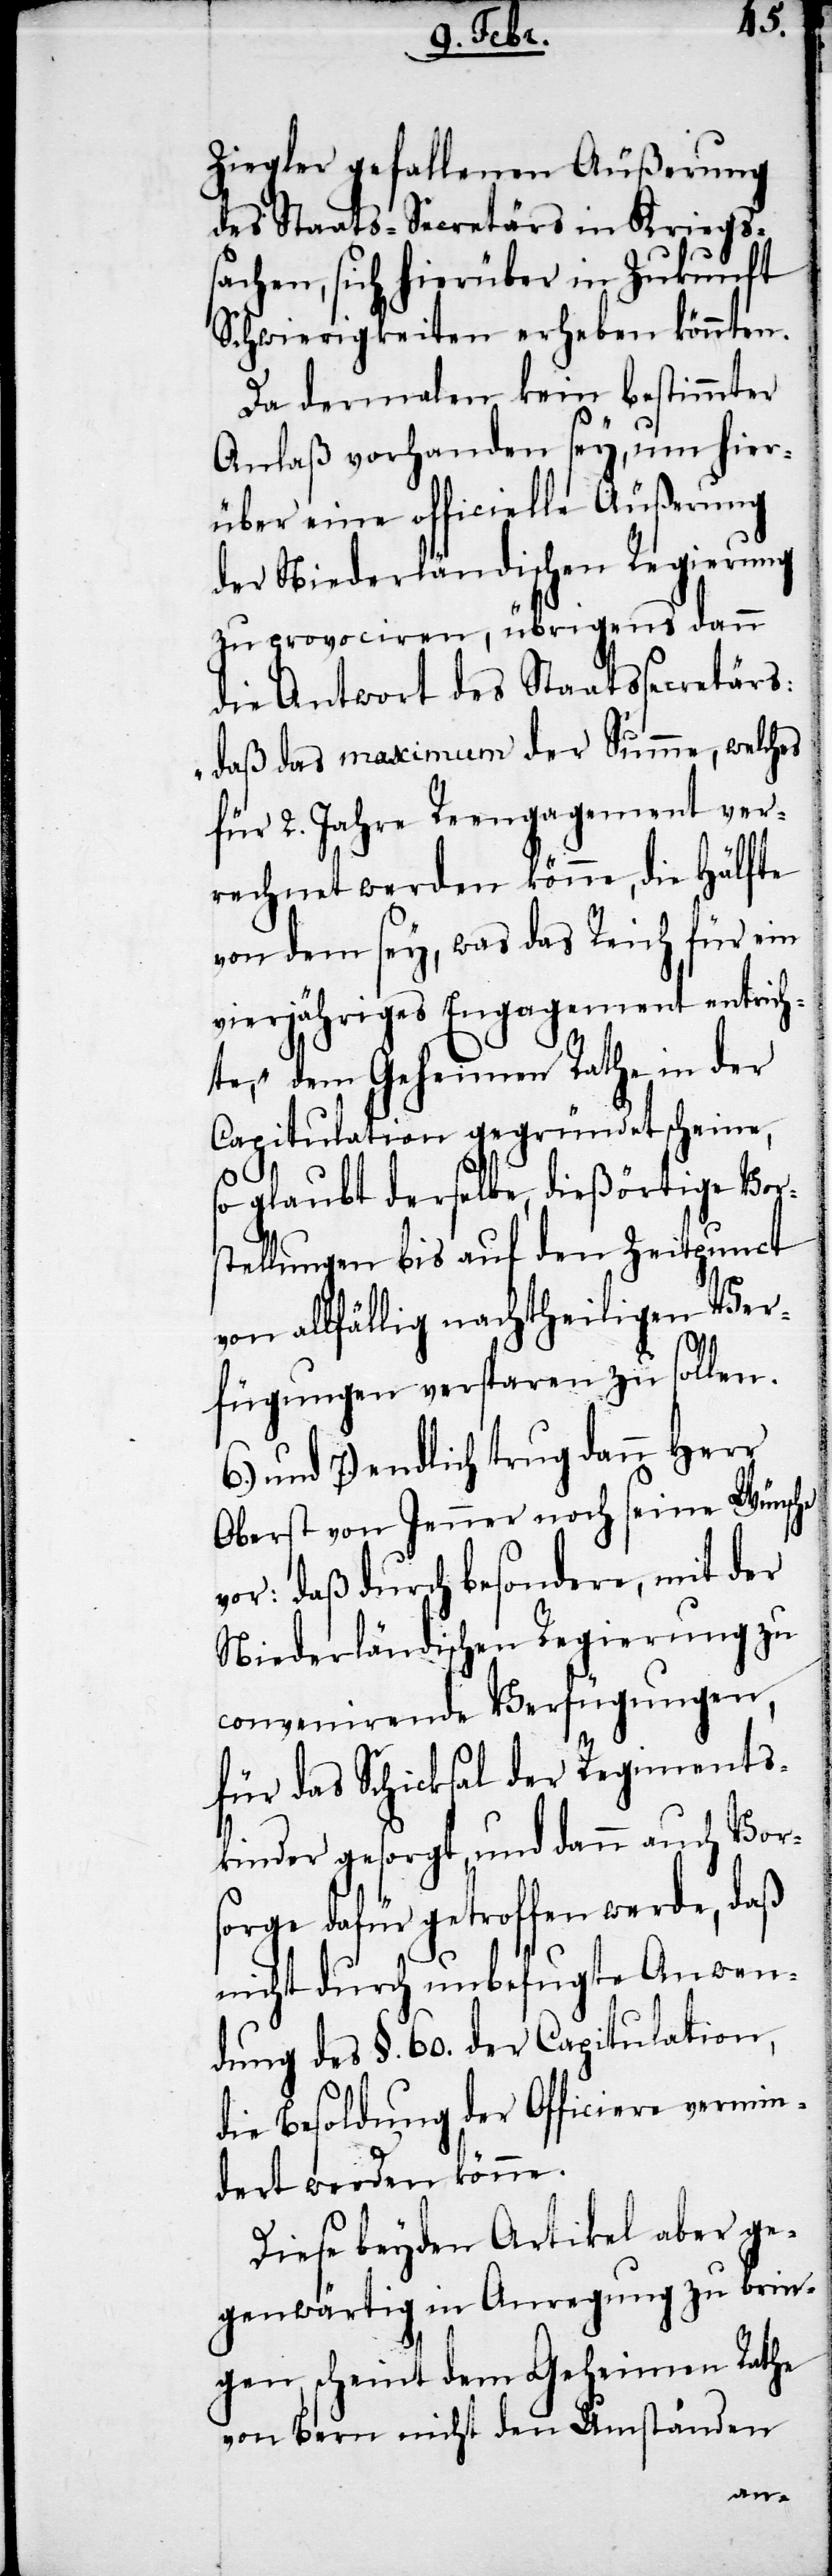
Ziegler gefallenen Äußerung
des Staats-Secretärs in Kriegss¬
achen, sich hierüber in Zukunft
Schwierigkeiten erheben könnten.
Da dermalen kein bestimmter
Anlaß vorhanden sey, um hier¬
über eine officielle Äußerung
der Niederländischen Regierung
zu provociren, übrigens dann
die Antwort des Staatssecretärs:
„daß das maximum der Summe, welches
für 2. Jahre Reengagement ver¬
rechnet werden könne, die Hälfte
von dem sey, was das Reich für ein
vierjähriges Engagement entrich¬
te“, dem Geheimen Rathe in der
Capitulation gegründet scheine,
so glaubt derselbe, dießörtige Vor¬
stellungen bis auf den Zeitpunct
von allfällig nachtheiligen Ver¬
fügungen versparen zu sollen.
7.) endlich trug dann Herr
Oberst von Jenner noch seine Wünsche
vor: daß durch besondere, mit der
Niederländischen Regierung zu
convenirende Verfügungen,
für das Schicksal der Regiments¬
kinder gesorgt, und dann auch Vors¬
orge dafür getroffen werde, daß
nicht durch unbefugte Anwen¬
dung des §. 60. der Capitulation,
die Besoldung der Officiere vermin¬
dert werden könne.
Diese beyden Artikel aber ge¬
genwärtig in Anregung zu brin¬
gen, scheint dem Geheimen Rathe
von Bern nicht den Umständen